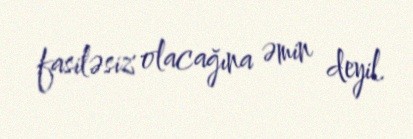
fasiləsiz olacağına əmin deyil.